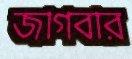
জাগবার